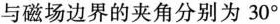
与磁场边界的夹角分别为30^{\circ}